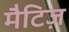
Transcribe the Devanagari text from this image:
मैटिज़